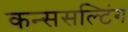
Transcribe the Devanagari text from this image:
कन्ससल्टिंग